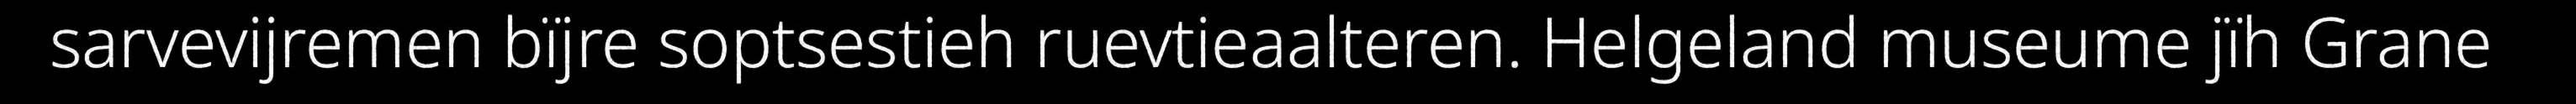
sarvevijremen bïjre soptsestieh ruevtieaalteren. Helgeland museume jïh Grane